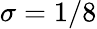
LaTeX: \sigma=1/8